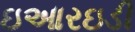
ઇઆરઇડી